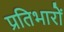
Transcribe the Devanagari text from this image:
प्रतिभारों